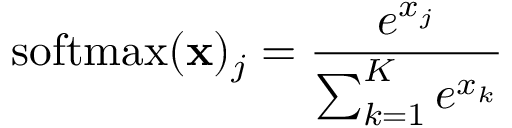
{ \mathrm { s o f t m a x } } ( \mathbf { x } ) _ { j } = { \frac { e ^ { x _ { j } } } { \sum _ { k = 1 } ^ { K } e ^ { x _ { k } } } }